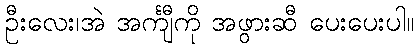
ဦးလေး၊အဲ အင်္ကျီကို အဖွားဆီ ပေးပေးပါ။